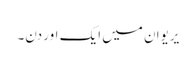
یریوان میں ایک اور دن۔